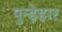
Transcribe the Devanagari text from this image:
पुन्ड़ेहार